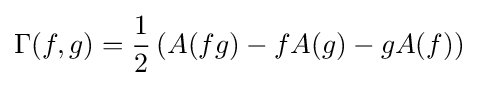
\Gamma (f,g)={\frac {1}{2}}\left(A(fg)-fA(g)-gA(f)\right)